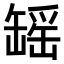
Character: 𫄾